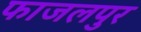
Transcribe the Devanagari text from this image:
फाजलपुर